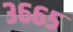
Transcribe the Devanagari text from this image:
३६६५